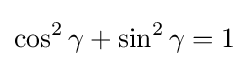
\cos ^{2}\gamma +\sin ^{2}\gamma =1